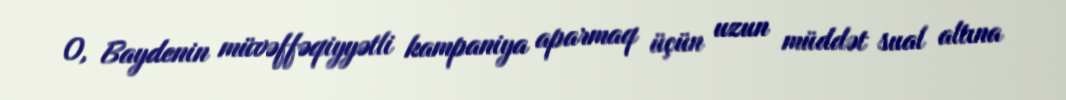
O, Baydenin müvəffəqiyyətli kampaniya aparmaq üçün uzun müddət sual altına